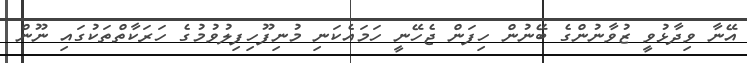
އޭނާ ވިދާޅުވީ ޒުވާނުންގެ ބޭނުން ހިފަން ޖެހޭނީ ހަމައެކަނި މުނިފޫހިފިލުވުމުގެ ހަރަކާތްތަކުގައި ނޫން